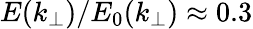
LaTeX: E(k_{\perp})/E_{0}(k_{\perp})\approx 0.3